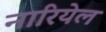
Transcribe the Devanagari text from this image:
नारियेल